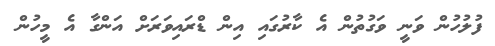
ފުލުހުން ވަނީ ވަގުތުން އެ ކާރުގައި އިން ޑްރައިވަރަށް އަންގާ އެ މީހުން